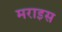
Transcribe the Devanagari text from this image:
मराइस